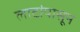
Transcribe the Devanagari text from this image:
लाटांपासून